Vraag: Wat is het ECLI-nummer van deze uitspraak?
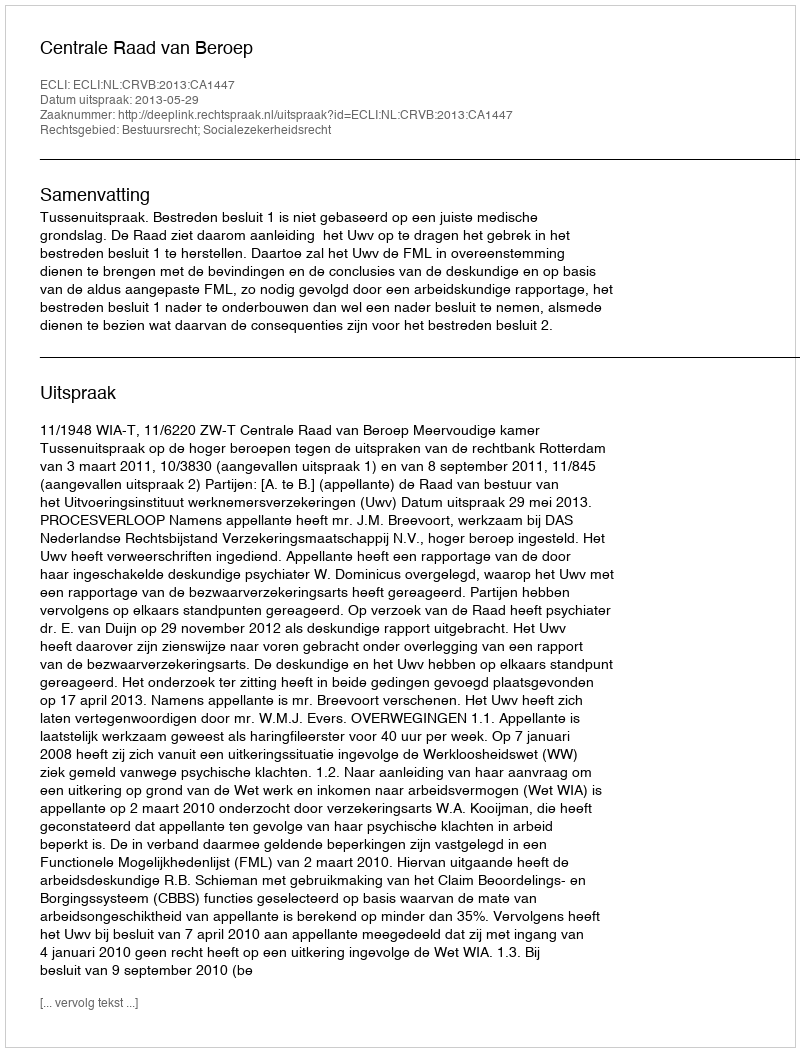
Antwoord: ECLI:NL:CRVB:2013:CA1447